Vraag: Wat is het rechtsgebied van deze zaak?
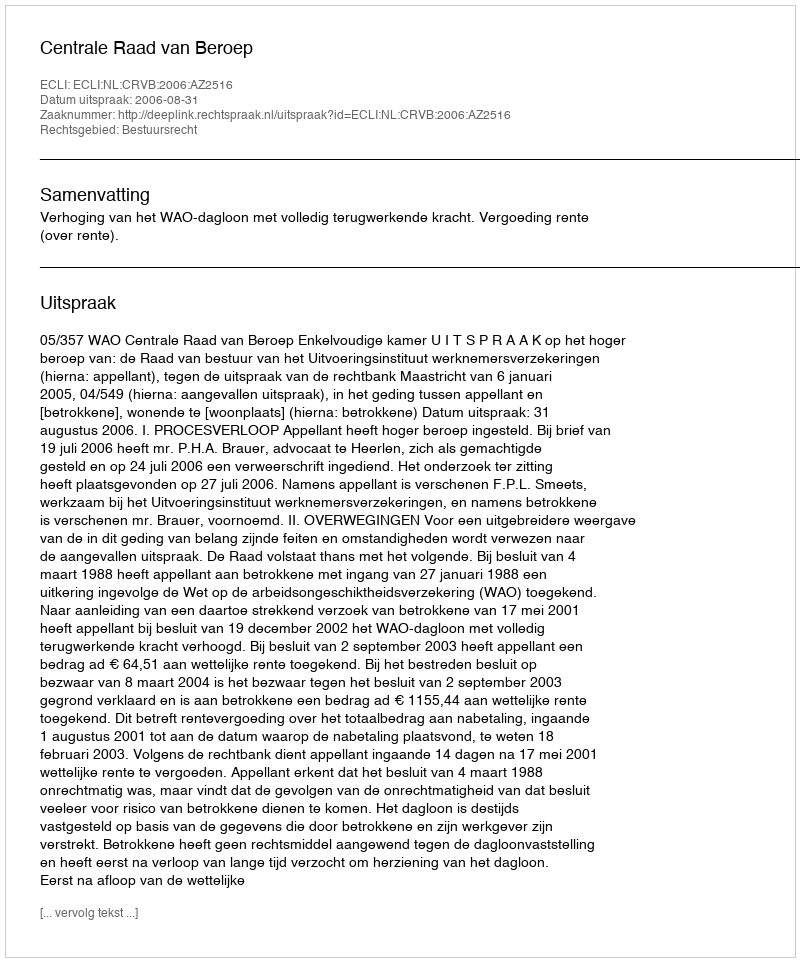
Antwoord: Bestuursrecht